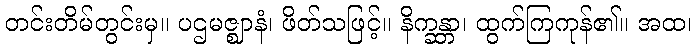
တင်းတိမ်တွင်းမှ။ ပဌမဇ္ဈာနံ၊ ဖိတ်သဖြင့်။ နိက္ခန္တာ၊ ထွက်ကြကုန်၏။ အထ၊